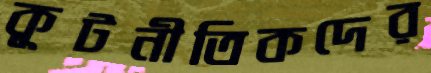
কূটনীতিকদের